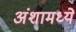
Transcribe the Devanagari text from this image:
अंशामध्ये